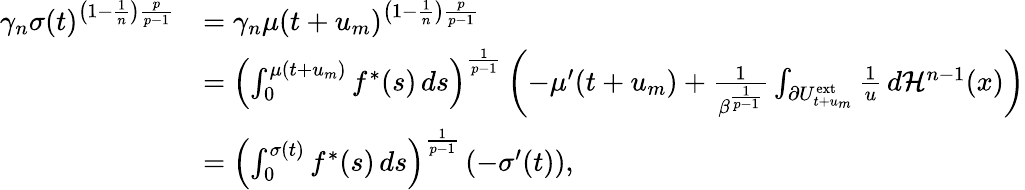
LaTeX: \begin{array}{rl}{\gamma_{n}\sigma(t)^{\left(1-\frac{1}{n}\right)\frac{p}{p-1}}}&{=\gamma_{n}\mu(t+u_{m})^{\left(1-\frac{1}{n}\right)\frac{p}{p-1}}}\\ &{=\left(\int_{0}^{\mu(t+u_{m})}f^{\ast}(s)\, ds\right)^{\frac{1}{p-1}}\left(-\mu^{\prime}(t+u_{m})+\frac{1}{\beta^{\frac{1}{p-1}}}\int_{\partial U_{t+u_{m}}^{\mathrm{ext}}}\frac{1}{u}\, d\mathcal{H}^{n-1}(x)\right)}\\ &{=\left(\int_{0}^{\sigma(t)}f^{\ast}(s)\, ds\right)^{\frac{1}{p-1}}\left(-\sigma^{\prime}(t)\right),}\end{array}